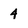
Character: 4